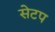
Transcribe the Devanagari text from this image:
सेटप